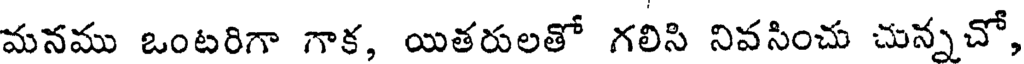
మనము ఒంటరిగా గాక, యితరులతో గలిసి నివసించు చున్నచో,